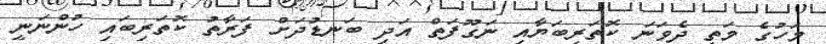
މަހުގެ މަތީ ދެވަނަ ކޮތަރިބަޔާއި ނަގޫފަތް އަދި ބަނޑުދަށް ފަރާތު ކޮތަރިބައި ހުންނަނީ